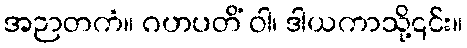
အဉာတကံ။ ဂဟပတိံ ဝါ၊ ဒါယကာသို့၎င်း။